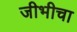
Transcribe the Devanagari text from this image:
जीभीचा